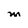
Character: m